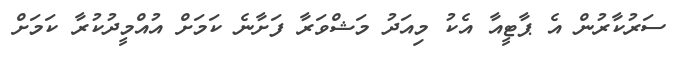
ސަރުކާރުން އެ ޕާޓީއާ އެކު މިއަދު މަޝްވަރާ ފަށާނެ ކަމަށް އުއްމީދުކުރާ ކަމަށް